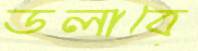
ডলাবে